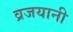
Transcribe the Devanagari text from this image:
व्रजयानी